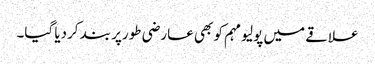
علاقے میں پولیو مہم کو بھی عارضی طورپر بند کردیا گیا۔